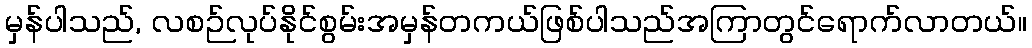
မှန်ပါသည်, လစဉ်လုပ်နိုင်စွမ်းအမှန်တကယ်ဖြစ်ပါသည်အကြာတွင်ရောက်လာတယ်။